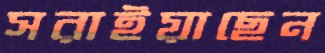
সরাইয়াছেন